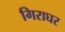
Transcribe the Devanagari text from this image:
गिराघर